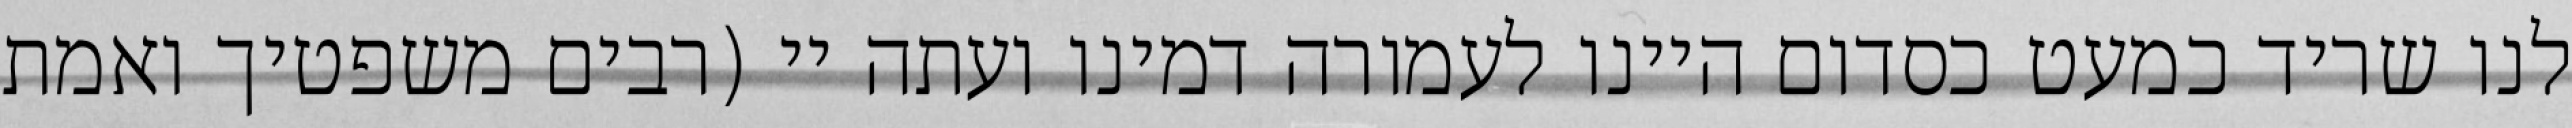
לנו שריד כמעט כסדום היינו לעמורה דמינו ועתה יי (רבים משפטיך ואמת